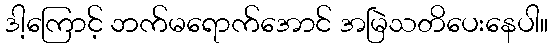
ဒါ့ကြောင့် ဘက်မရောက်အောင် အမြဲသတိပေးနေပါ။